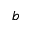
^ { b }